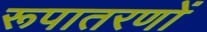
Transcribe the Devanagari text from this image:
रूपातरणों